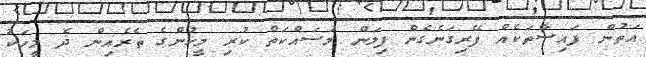
އަތުން ފައިސާތަކެއް ފޭރިގަނެގެން ފިލަން މަސައްކަތް ކުރި މީހުންގެ ތެރެއިން ދެ މީހަކު